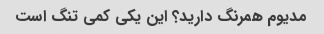
مدیوم همرنگ دارید؟ این یکی کمی تنگ است